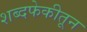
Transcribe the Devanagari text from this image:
शब्दफेकीतून